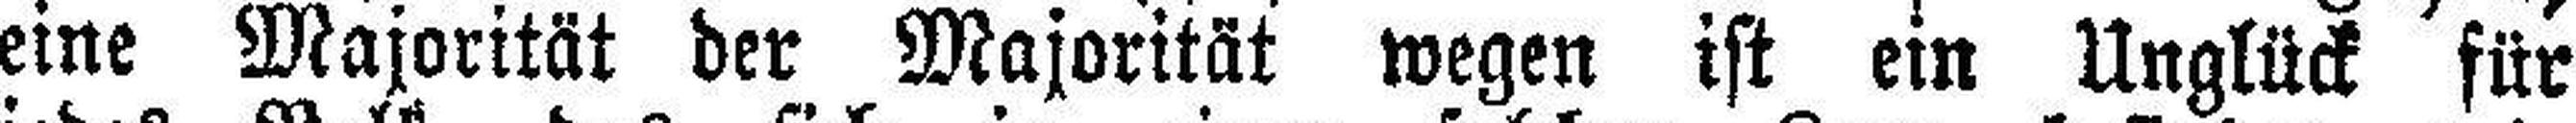
eine Majorität der Majorität wegen ist ein Unglück für